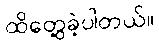
ထိတွေ့ခဲ့ပါတယ်။